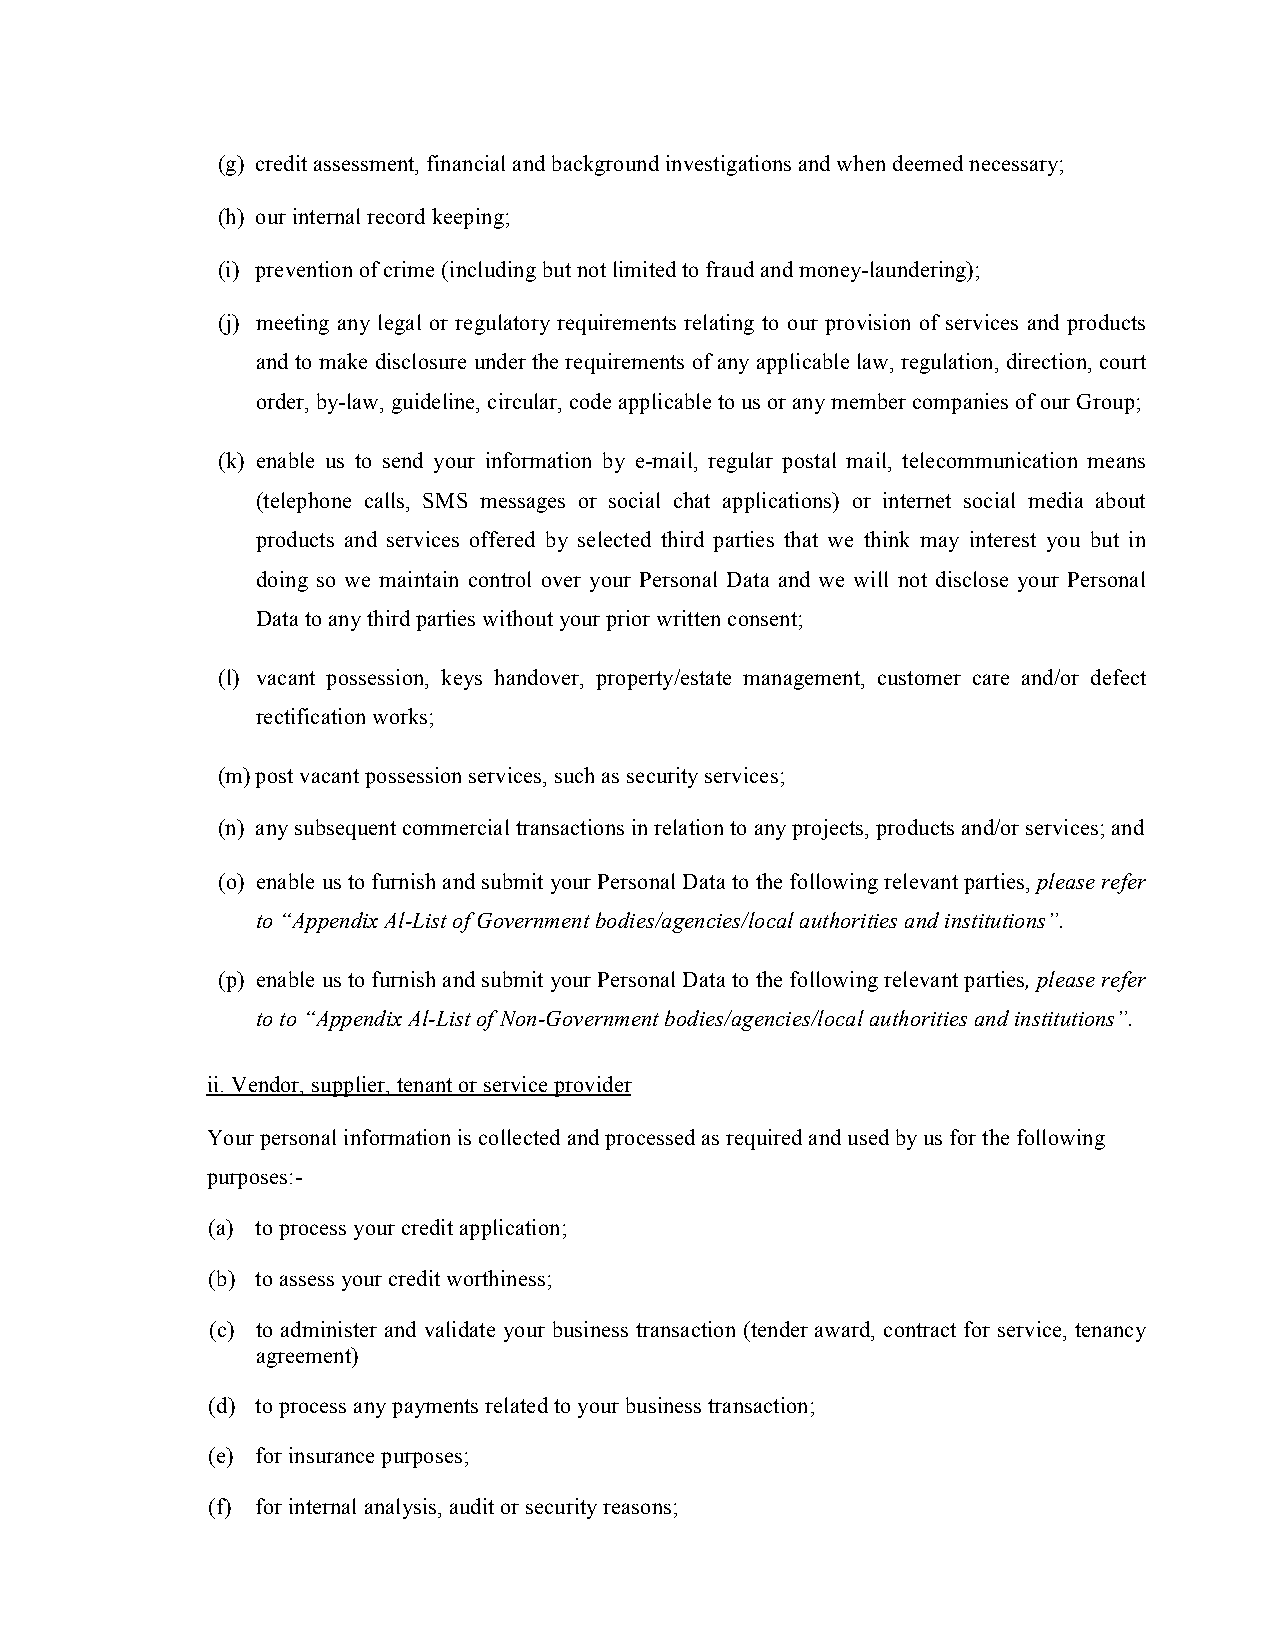
(g) credit assessment, financial and background investigations and when deemed necessary;
 (h) our internal record keeping;
 (i) prevention of crime (including but not limited to fraud and money-laundering);
 (j) meeting any legal or regulatory requirements relating to our provision of services and products
 and to make disclosure under the requirements of any applicable law, regulation, direction, court
 order, by-law, guideline, circular, code applicable to us or any member companies of our Group;
 (k) enable us to send your information by e-mail, regular postal mail, telecommunication means
 (telephone calls, SMS messages or social chat applications) or internet social media about
 products and services offered by selected third parties that we think may interest you but in
 doing so we maintain control over your Personal Data and we will not disclose your Personal
 Data to any third parties without your prior written consent;
 (l) vacant possession, keys handover, property/estate management, customer care and/or defect
 rectification works;
 (m) post vacant possession services, such as security services;
 (n) any subsequent commercial transactions in relation to any projects, products and/or services; and
 (o) enable us to furnish and submit your Personal Data to the following relevant parties, please refer
 to “Appendix Al-List of Government bodies/agencies/local authorities and institutions”.
 (p) enable us to furnish and submit your Personal Data to the following relevant parties, please refer
 to to “Appendix Al-List of Non-Government bodies/agencies/local authorities and institutions”.
 ii. Vendor, supplier, tenant or service provider
 Your personal information is collected and processed as required and used by us for the following
 purposes:-
 (a) to process your credit application;
 (b) to assess your credit worthiness;
 (c) to administer and validate your business transaction (tender award, contract for service, tenancy
 agreement)
 (d) to process any payments related to your business transaction;
 (e) for insurance purposes;
 (f) for internal analysis, audit or security reasons;